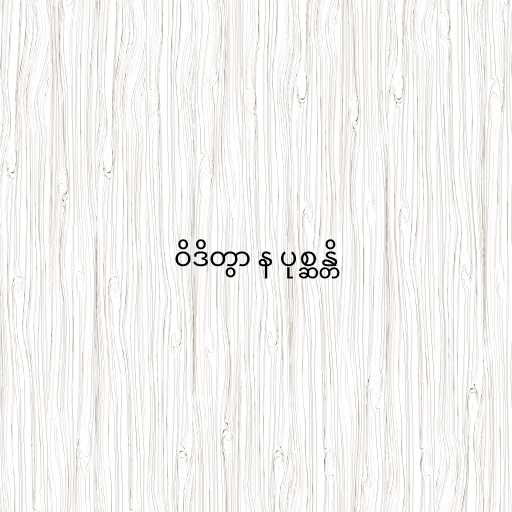
ဝိဒိတွာ န ပုစ္ဆန္တိ